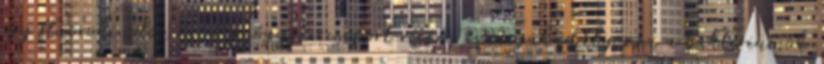
egy fluorokinolon nevű gyógyszercsoport része, és megakadályozza a baktériumok